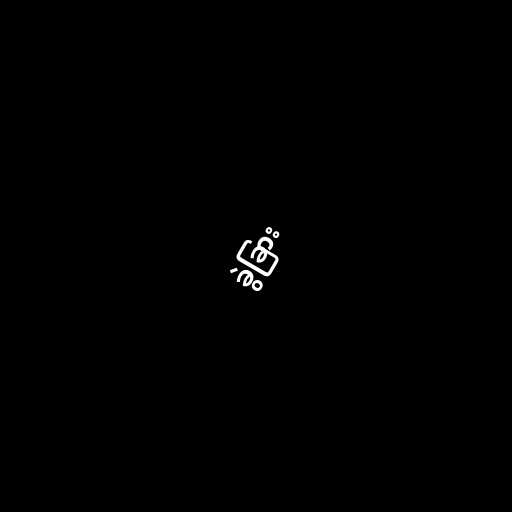
ခွဲခြား